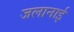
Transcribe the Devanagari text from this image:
जलानाई